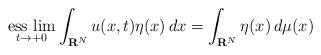
LaTeX: \begin{align*}\underset{t\to+0}{\mbox{{\rm ess lim}}}\int_{{\bf R}^N}u(x,t)\eta(x)\,dx=\int_{{\bf R}^N}\eta(x)\,d\mu(x)\end{align*}